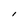
Character: l